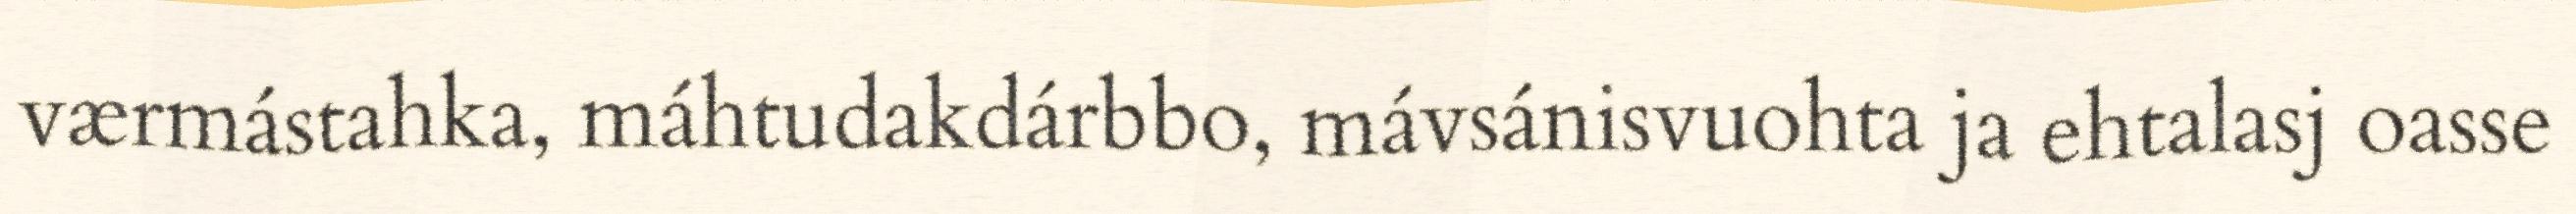
værmástahka, máhtudakdárbbo, mávsánisvuohta ja ehtalasj oasse